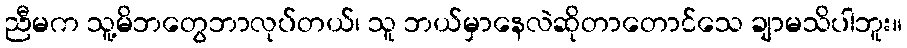
ညီမက သူ့မိဘတွေဘာလုပ်တယ်၊ သူ ဘယ်မှာနေလဲဆိုတာတောင်သေ ချာမသိပါဘူး။